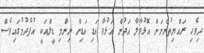
ދިވެހި ރައްޔިތުންނަށް އޮޅުވާލާ އަދުން އަޅުވާ އަޑި އަޑިން ނިންމި ޑީލްއަކީ އުފެދުމުގައިވެސް